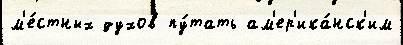
м'е́стных духов пу́тать ам'ер'ика́нск'им